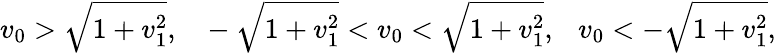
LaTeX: v_{0}>\sqrt{1+v_{1}^{2}},~~~-\sqrt{1+v_{1}^{2}}<v_{0}<\sqrt{1+v_{1}^{2}},~~~v_{0}<-\sqrt{1+v_{1}^{2}},